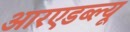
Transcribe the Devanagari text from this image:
आरएडब्ल्यू